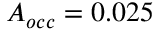
A _ { o c c } = 0 . 0 2 5